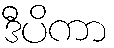
ဒီပိကာ